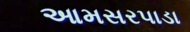
આમસરપાડા